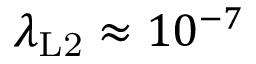
\lambda _ { \mathrm { L 2 } } \approx 1 0 ^ { - 7 }